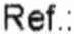
REF.: